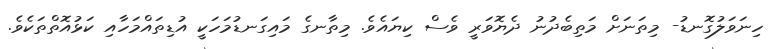
ހިނަވަލުގޮނޑު- މިތަނަށް މަތިބެދުނު ދެޔޮވަރީ ވެސް ކިޔައެވެ. މިތާނގެ މައިގަނޑުމަހަކީ އުޑިތައްމަހާއި ކަޅުއޮތްތަކެވެ.